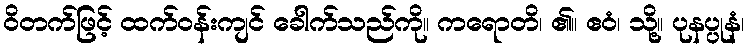
ဝိတက်ဖြင့် ထက်ဝန်းကျင် ခေါက်သည်ကို။ ကရောတိ၊ ၏။ ဧဝံ၊ သို့။ ပုနပ္ပုနံ၊